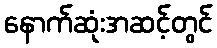
နောက်ဆုံးအဆင့်တွင်